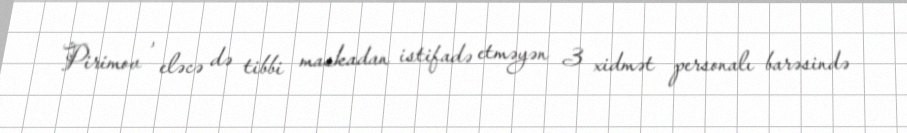
Pirimov , eləcə də tibbi maskadan istifadə etməyən 3 xidmət personalı barəsində